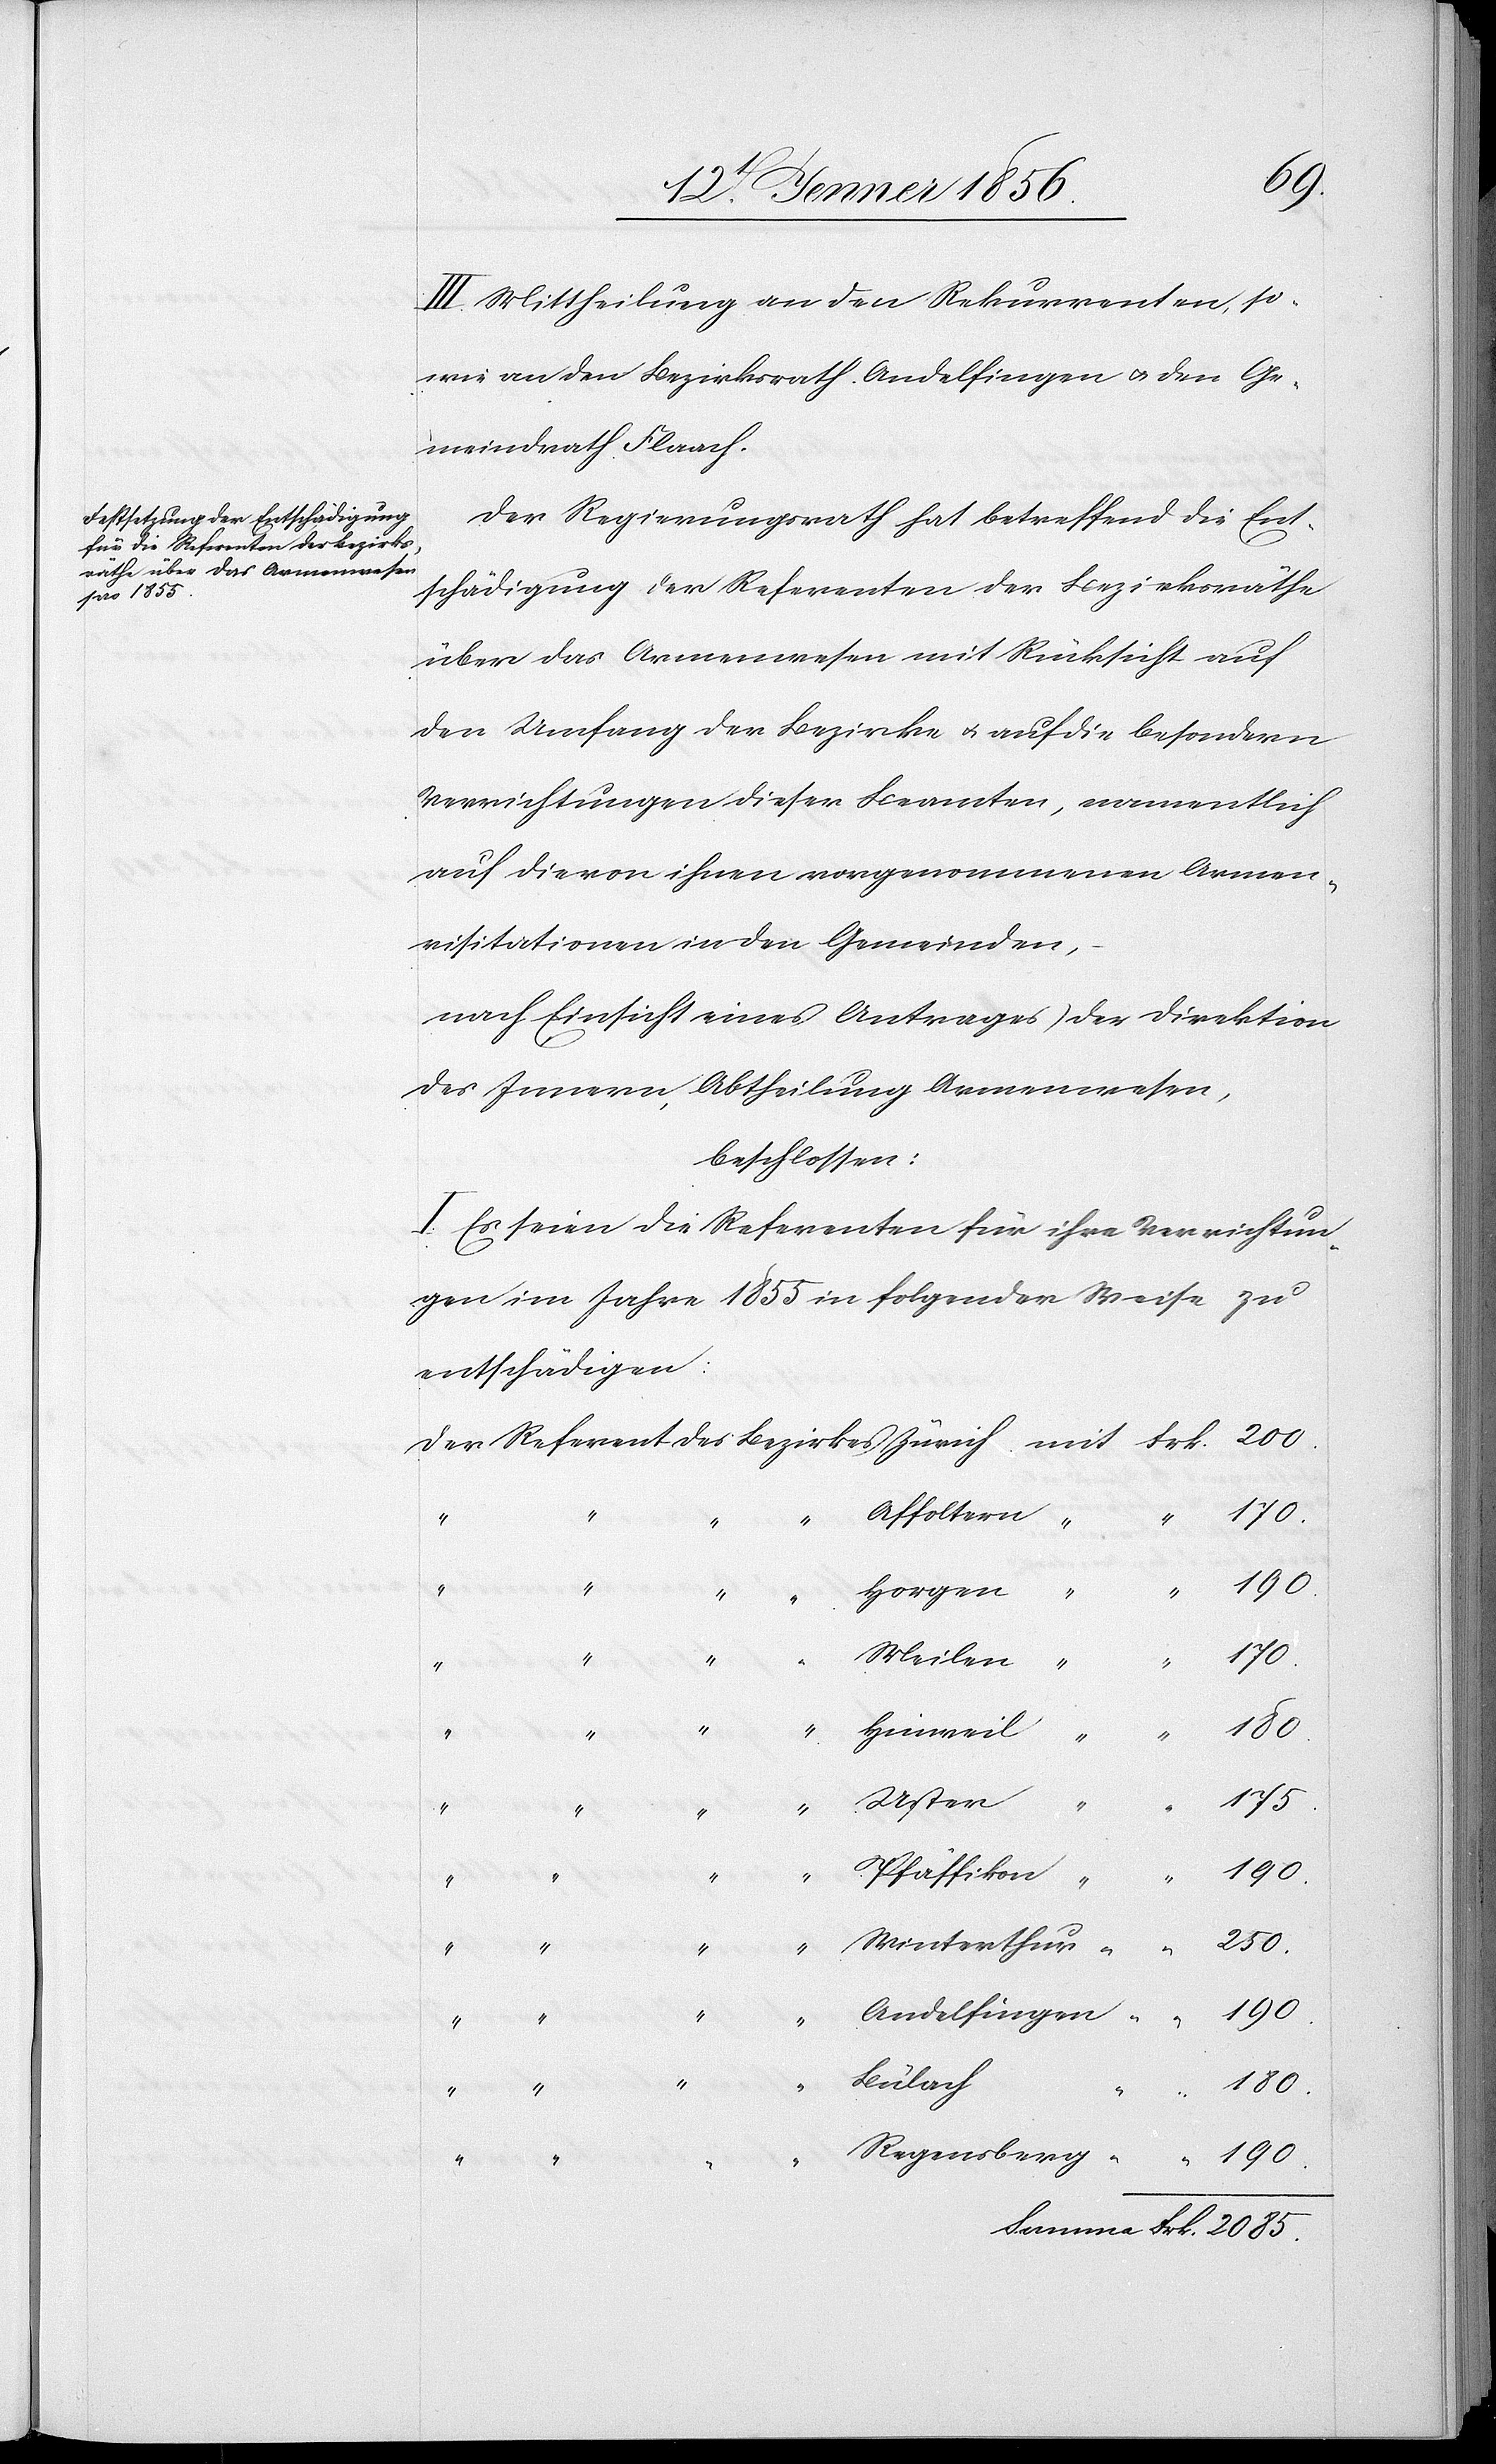
170.
III. Mittheilung an den Rekurrenten, so¬
wie an den Bezirksrath Andelfingen u. den Ge¬
meindrath Flaach.
Der Regierungsrath hat betreffend die Ent¬
schädigung der Referenten der Bezirksräthe
über das Armenwesen mit Rücksicht auf
den Umfang der Bezirke u. auf die besondern
Verrichtungen dieser Beamten, namentlich
auf die von ihnen vorgenommenen Armen¬
visitationen in den Gemeinden,
nach Einsicht eines Antrages der Direktion
des Innern, Abtheilung Armenwesen,
beschlossen:
I. Es seien die Referenten für ihre Verrichtun¬
gen im Jahre 1855 in folgender Weise zu
entschädigen:
Hinweil
Uster
175.
Summa
Frk.
250.
2085.
Pfäffikon
“
“
“
Bülach